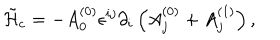
\tilde { \cal H } _ { c } = - A _ { 0 } ^ { ( 0 ) } \epsilon ^ { i j } \partial _ { i } \left( A _ { j } ^ { ( 0 ) } + A _ { j } ^ { ( 1 ) } \right) ,